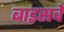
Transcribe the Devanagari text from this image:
बाइसवें